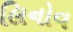
લિનોવ